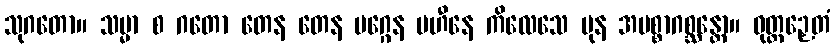
သုဂတော။ သမ္မာ စ ဂတော တေန တေန မဂ္ဂေန ပဟီနေ ကိလေသေ ပုန အပစ္စာဂစ္ဆန္တော။ ဝုတ္တဉှေတံ